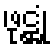
ဖုဋ္ဌုံ